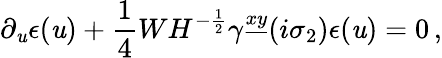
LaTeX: \partial_{\mathit{u}}\epsilon(\mathit{u})+{\frac{{1}}{{4}}}WH^{-{\frac{{1}}{{2}}}}\gamma^{\underline{{{{xy}}}}}(i\sigma_{2})\epsilon(\mathit{u})=0\, ,